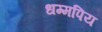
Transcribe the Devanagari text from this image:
धम्मपिय